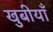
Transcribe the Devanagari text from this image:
खुबीयाँ